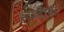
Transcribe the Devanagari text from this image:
अनेकोद्देश्यता